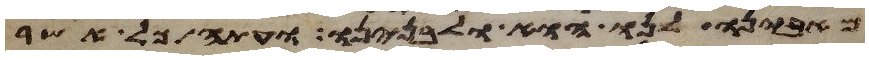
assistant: מאבינו לנו הוא ולבנינו ועתה כל אשר